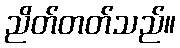
ညိတ်တတ်သည်။